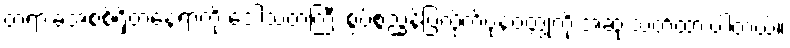
တရားခံအစစ်ရှိတဲ့နေရာကို ဒေါသတကြီး စွပ်စွဲညွှန်ပြလိုက်ပုံနဲ့ဝတ္ထုကို အဆုံးသတ်ထားပါတယ်။